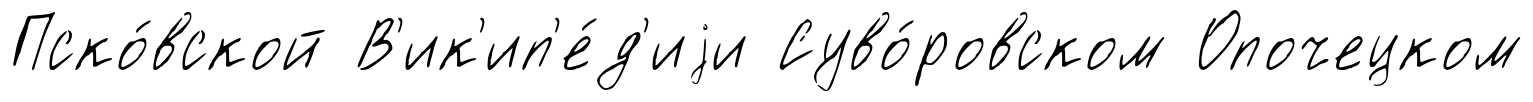
Пско́вской В'ик'ип'е́д'иjи Суво́ровском Опочецком